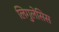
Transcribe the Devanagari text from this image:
लिगुलेसिस